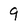
Character: 9